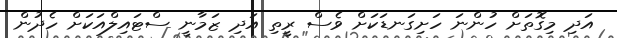
އަދި މިގޮތަށް ހުންނަ ހަށިގަނޑަކަށް ވެސް ރީތި އަދި ޒަމާނީ ސްޓައިލްއަކަށް ހެދުން